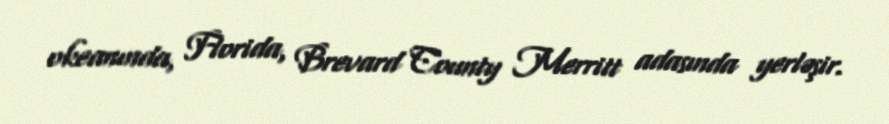
okeanında, Florida, Brevard County Merritt adasında yerləşir.